Plague in India, 1896, 1897 - Volume 2
Year: 1896
Disease focus: Plague
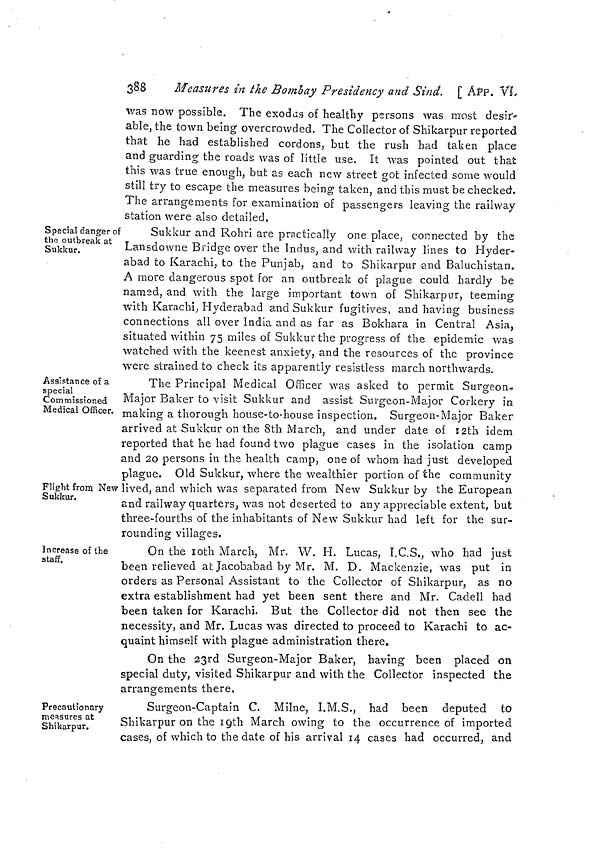
388
Measures in the Bombay Presidency and Sind. [ App. VI
was now possible. The exodas of healthy persons was most desir-
able, the town being overcrowded. The Collector of Shikarpur reported
that he had established cordons, but the rush had taken place
and guarding the roads was of little use. It was pointed out that
this was true enough, but as each new street got infected some would
still try to escape the measures being- taken, and this must be checked.
The arrangements for examination of passengers leaving the railway
station were also detailed,
Special danger of
the outbreak at
Sukkur.
Sukkur and Rohri are prnctically one place, connected by the
Lansdowne Bridge over the Indus, and with railway lines to Hyder-
abad to Karachi, to the Punjab, and to Shikarpur and Baluchistan.
A more dangerous spot for an outbreak of plague could hardly be
named, and with the large important town of Shikarpur, teeming
with Karachi, Hyderabad and Sukkur fugitives, and having business
connections all over India and as far as Bokhara in Central Asia,
situated within 75 miles of Sukkur the progress of the epidemic was
watched with the keenest anxiety, and the resources of the province
were strained to check its apparently resistless march northwards.
Assistance of a
special
Commissioned
Medical Officer.
The Principal Medical Officer was asked to permit Surgeon-
Major Baker to visit Sukkur and assist Surgeon-Major Corkery in
making a thorough house-to-house inspection. Surgeon-Major Baker
arrived at Sukkur on the 8th March, and under date of 12th idem
reported that he had found two plague cases in the isolation camp
and 20 persons in the health camp, one of whom had just developed
plague. Old Sukkur, where the wealthier portion of the community
Flight from New
Sukkur.
lived, and which was separated from New Sukkur by the European
and railway quarters, was not deserted to any appreciable extent, but
three-fourths of the inhabitants of New Sukkur had left for the sur-
rounding villages.
Increase of the
staff.
On the 10th March, Mr. W. H. Lucas, I.C.S., who had just
been relieved at Jacobabad by Mr. M. D. Mackenzie, was put in
orders as Personal Assistant to the Collector of Shikarpur, as no
extra establishment had yet been sent there and Mr. Cadell had
been taken for Karachi. But the Collector did not then see the
necessity, and Mr. Lucas was directed to proceed to Karachi to ac-
quaint himself with plague administration there.
On the 23rd Surgeon-Major Baker, having been placed on
special duty, visited Shikarpur and with the Collector inspected the
arrangements there.
Precautionary
measures at
Shikarpur.
Surgeon-Captain C. Milne, I.M.S., had been deputed to
Shikarpur on the 19th March owing to the occurrence of imported
cases, of which to the date of his arrival 14 cases had occurred, and